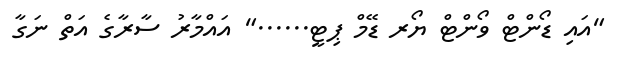
"އައި ޑޯންޓް ވޯންޓް ޔޯރ ޑޭމް ޕިޓީ......" އައްމާރު ސާރާގެ އަތް ނަގާ